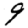
Digit: 9